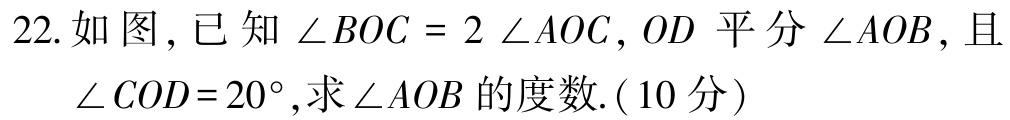
22. 如图, 已知\(\angle BOC = 2\angle AOC\), \(OD\)平分\(\angle AOB\), 且\(\angle COD = 20^{\circ}\),求\(\angle AOB\)的度数.(10分)